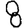
Digit: 8